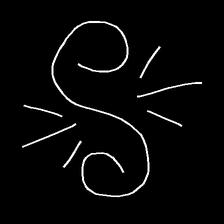
Glyph: wind-directs-air